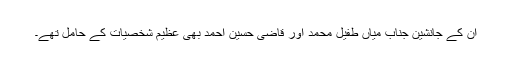
ان کے جانشین جناب میاں طفیل محمدؒ اور قاضی حسین احمدؒ بھی عظیم شخصیات کے حامل تھے۔